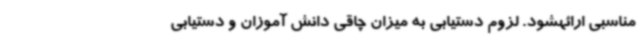
مناسبی ارائهشود. لزوم دستیابی به میزان چاقی دانش آموزان و دستیابی